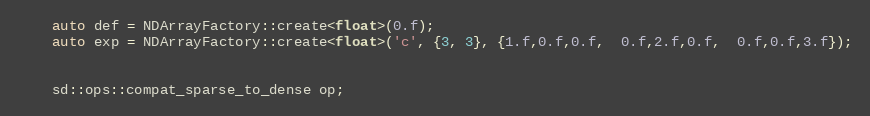
Language: C++
    auto def = NDArrayFactory::create<float>(0.f);
    auto exp = NDArrayFactory::create<float>('c', {3, 3}, {1.f,0.f,0.f,  0.f,2.f,0.f,  0.f,0.f,3.f});

    sd::ops::compat_sparse_to_dense op;